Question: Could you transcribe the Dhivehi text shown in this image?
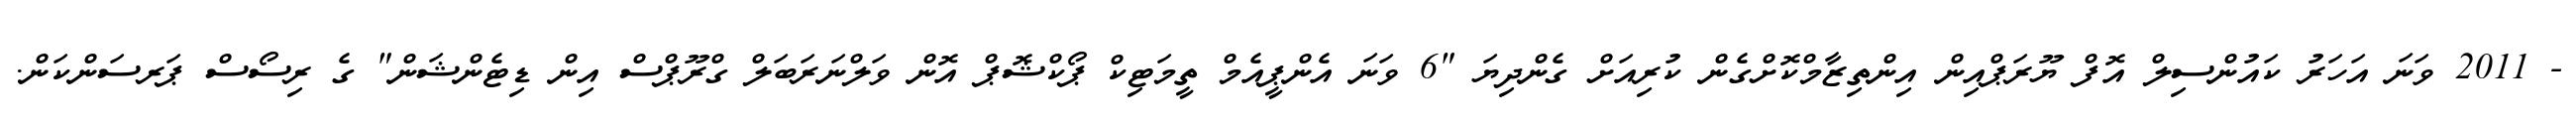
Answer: - 2011 ވަނަ އަހަރު ކައުންސިލް އޮފް ޔޫރަޕްއިން އިންތިޒާމްކޮށްގެން ކުރިއަށް ގެންދިޔަ "6 ވަނަ އެންޕީއެމް ތީމަޓިކް ޕޯކްޝޮޕް އޮން ވަލްނަރަބަލް ގްރޫޕްސް އިން ޑިޓެންޝަން" ގެ ރިސޯސް ޕަރސަންކަން.